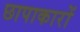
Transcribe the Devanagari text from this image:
छापाकारों